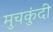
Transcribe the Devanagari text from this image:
मुचकुंदी